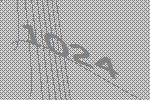
1024